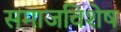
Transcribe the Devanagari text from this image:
समाजविशेष